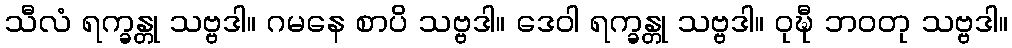
သီလံ ရက္ခန္တု သဗ္ဗဒါ။ ဂမနေ စာပိ သဗ္ဗဒါ။ ဒေဝါ ရက္ခန္တု သဗ္ဗဒါ။ ဝုဍ္ဎီ ဘဝတု သဗ္ဗဒါ။